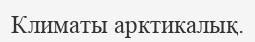
Климаты арктикалық.